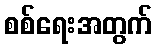
စစ်ရေးအတွက်